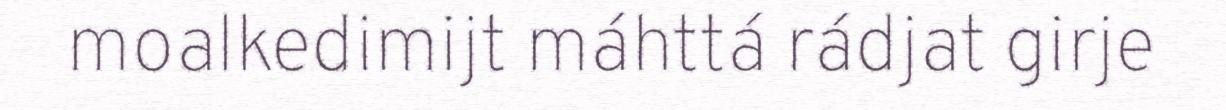
moalkedimijt máhttá rádjat girje